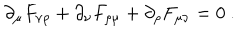
LaTeX: \partial _ { \mu } F _ { \nu \rho } + \partial _ { \nu } F _ { \rho \mu } + \partial _ { \rho } F _ { \mu \nu } = 0 \ .